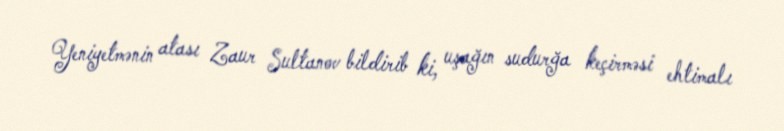
Yeniyetmənin atası Zaur Sultanov bildirib ki, uşağın sudurğa keçirməsi ehtimalı